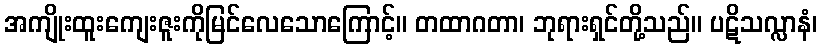
အကျိုးထူးကျေးဇူးကိုမြင်လေသောကြောင့်။ တထာဂတာ၊ ဘုရားရှင်တို့သည်။ ပဋိသလ္လာနံ၊